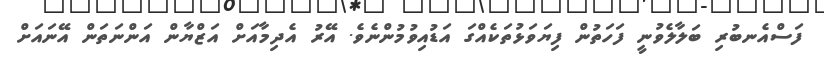
ފަސްއެނބުރި ބަލާލެވުނީ ފަހަތުން ފިޔަވަޅުތަކެއްގަ އަޑުއިވުމުންނެވެ. އޭރު އެދިމާއަށް އަޒްޔާން އަންނަތަން އޭނައަށް